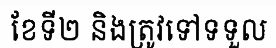
ខែទី២ និងត្រូវទៅទទួល